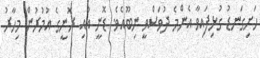
ހަށިގަނޑު ގުޅިފައިވާ އެންމެ ދުވަސްވީ ނިބޫއެވެ. ޑޮނީ އާއި ރޮނީގެ އުމުރުން މިހާރު